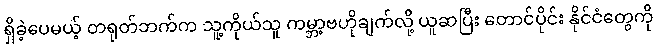
ရှိခဲ့ပေမယ့် တရုတ်ဘက်က သူ့ကိုယ်သူ ကမ္ဘာ့ဗဟိုချက်လို့ ယူဆပြီး တောင်ပိုင်း နိုင်ငံတွေကို